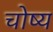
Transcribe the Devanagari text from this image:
चोष्‍य